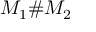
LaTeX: \therefore 1 < { \frac { \sin \theta } { \theta \cos \theta } }